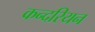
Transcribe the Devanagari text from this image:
कन्दरियन